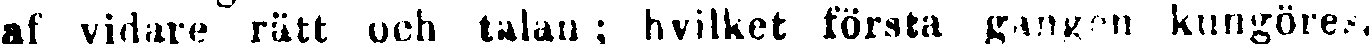
af vidare rätt och talan ; hvilket första gången kungöres.